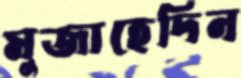
মুজাহেদিন